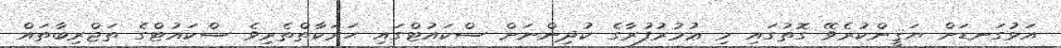
އަޅުގަނޑަށް ޔަޤީންކުރެވޭ ގޮތުގައި މި ޢުމުރުފުރާގެ ކުދިންނަށް ސްކައުޓްގައި ޙަރަކާތްތެރިވެ ސްކައުޓްގެ ތަޖްރިބާތައް